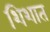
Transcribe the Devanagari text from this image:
शिशात